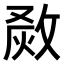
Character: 𤉺